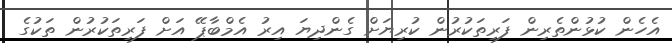
އެހެން ކުޅުންތެރިން ފަރިތަކުރުން ކުރިޔަށް ގެންދިޔަ އިރު އެމްބާޕޭ އަށް ފަރިތަކުރުން ތަކުގެ